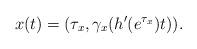
LaTeX: \begin{align*}x(t) = (\tau_x, \gamma_x(h'(e^{\tau_x})t)).\end{align*}